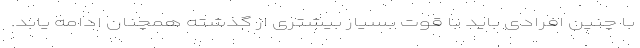
با چنین افرادی باید با قوت بسیار بیشتری از گذشته همچنان ادامه یابد.